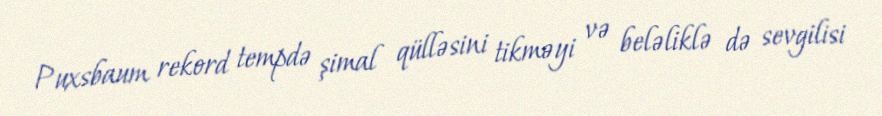
Puxsbaum rekord tempdə şimal qülləsini tikməyi və beləliklə də sevgilisi